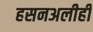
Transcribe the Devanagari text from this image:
हसनअलीही